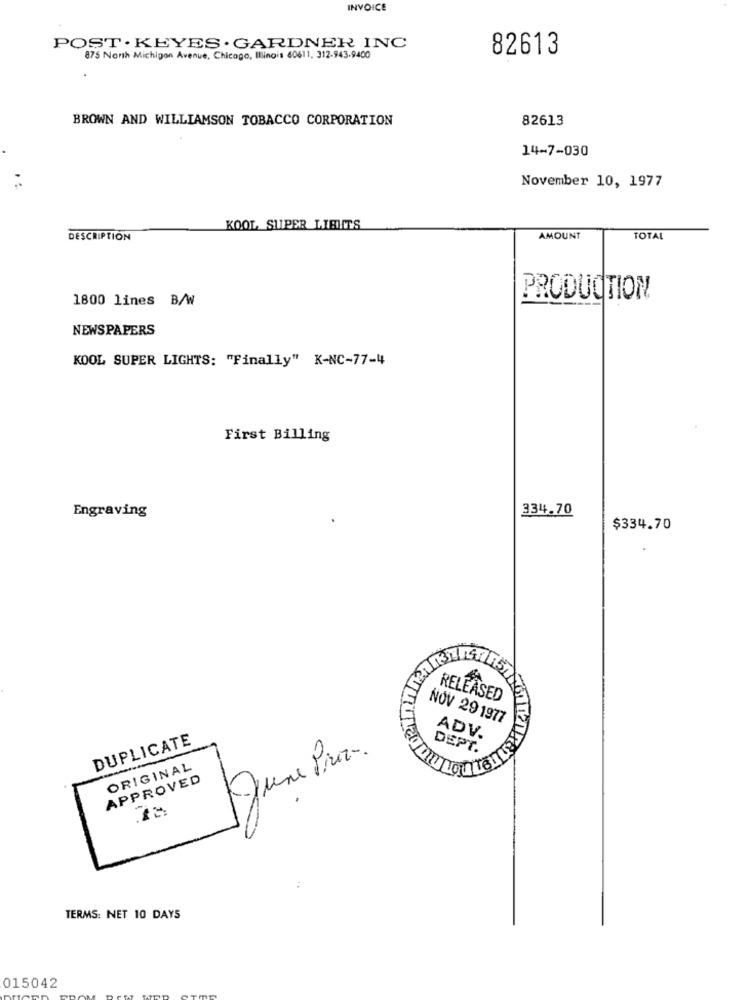
INVOICE
POST . KEYES . GARDNER INC
82613
875 North Michigan Avenue, Chicago, Illinois 60611, 312-943.9400
BROWN AND WILLIAMSON TOBACCO CORPORATION
82613
14-7-030
November 10, 1977
KOOL SUPER LIBUTS
DESCRIPTION
AMOUNT
TOTAL
PRODUCTION
1800 lines B/W
NEWSPAPERS
KOOL SUPER LIGHTS: "Finally" K-NC-77-4
First Billing
334.70
Engraving
$334.70
RELEASED
NOV 291977
DUPLICATE
ADV.
June Pro-
ORIGINAL
APPROVED
TERMS: NET 10 DAYS
015042